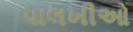
પાલખીઓ